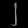
Digit: ၂